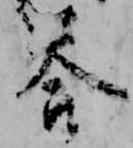
答